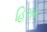
હિરામ